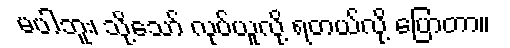
မပါဘူး၊ သို့သော် လုပ်ယူလို့ ရတယ်လု့ိ ပြောတာ။